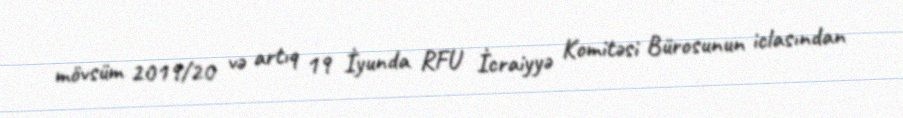
mövsüm 2019/20 və artıq 19 İyunda RFU İcraiyyə Komitəsi Bürosunun iclasından